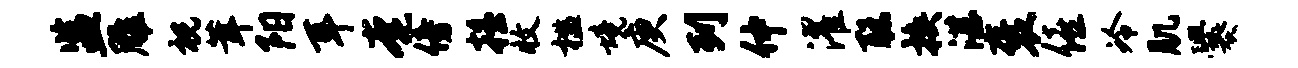
监雕祝茸阳耳奄傍摇收槛境庚列仲濯聪换湛褒僖冷肌爨